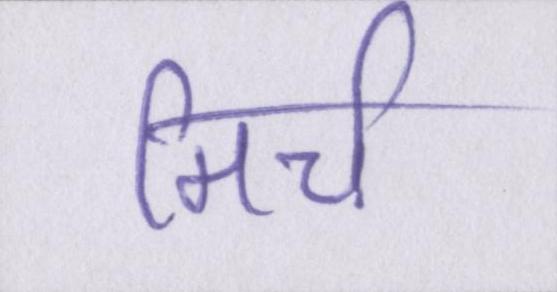
मिर्च